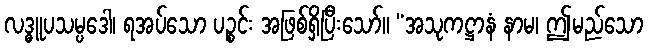
လဒ္ဓူပသမ္ပဒေါ၊ ရအပ်သော ပဉ္စင်း အဖြစ်ရှိပြီးသော်။ “အသုကဋ္ဌာနံ နာမ၊ ဤမည်သော